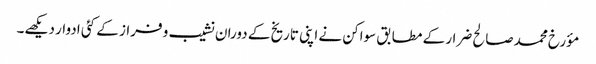
مؤرخ محمد صالح ضرار کے مطابق سواکن نے اپنی تاریخ کے دوران نشیب و فراز کے کئی ادوار دیکھے۔